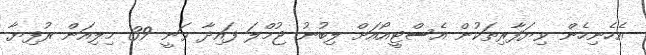
އެހެނިހެން ވިޔަފާރިތަކުން އެސްޓީއޯއަށް ލިބުނު ޖުމްލަ ފައިދާ ވަނީ 39 މިލިއަން ރުފިޔާ